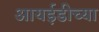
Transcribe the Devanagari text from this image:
आयईडीच्या